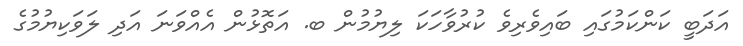
އަދަބީ ކަންކަމުގައި ބައިވެރިވެ ކުރުވާހަކަ ލިޔުމުން ބ. އަތޮޅުން އެއްވަނަ އަދި ލަވަކިޔުމުގެ